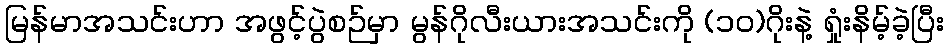
မြန်မာအသင်းဟာ အဖွင့်ပွဲစဉ်မှာ မွန်ဂိုလီးယားအသင်းကို (၁ဝ)ဂိုးနဲ့ ရှုံးနိမ့်ခဲ့ပြီး